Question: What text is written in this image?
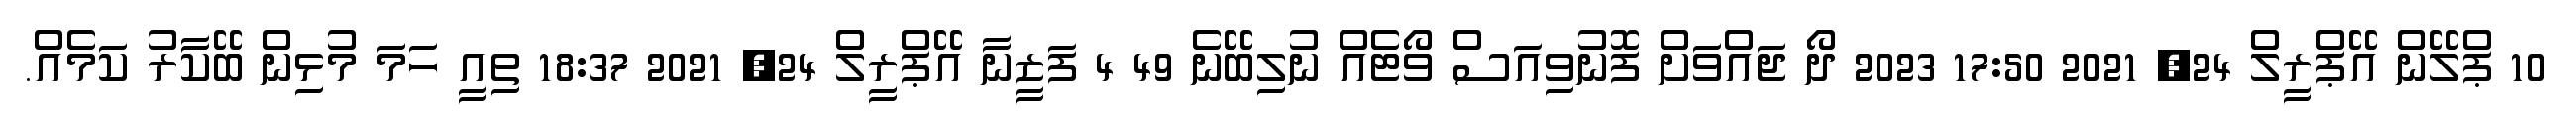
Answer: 10 ޕްލޭން އޭޕްރީލް 24, 2021 17:50 2023 ދޯ ޖައްވަށް ފޮނުވިއަސް ވޯޓެއް ނުލިބޭނެ 49 4 ފަޒީނާ އޭޕްރީލް 24, 2021 18:37 ތިއީ ހަމަ މުޅިން ބޭކާރު ކަމެއް.